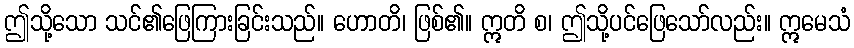
ဤသို့သော သင်၏ဖြေကြားခြင်းသည်။ ဟောတိ၊ ဖြစ်၏။ ဣတိ စ၊ ဤသို့ပင်ဖြေသော်လည်း။ ဣမေသံ